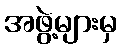
အဖွဲ့များမှ